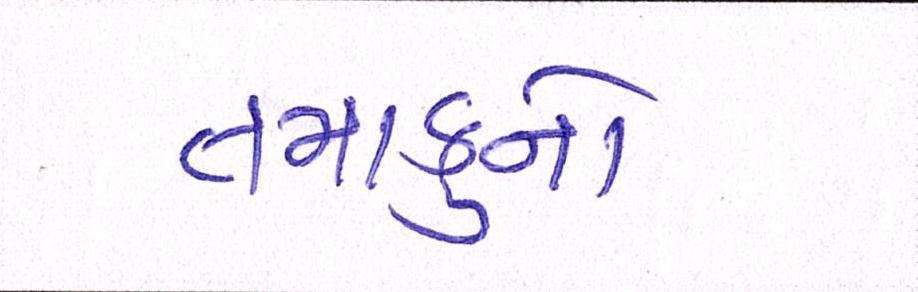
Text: તમાકુનો